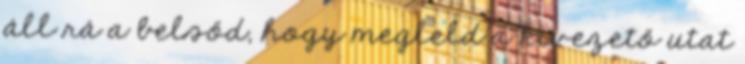
áll rá a belsőd, hogy megleld a kivezető utat